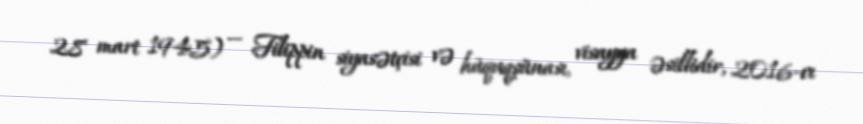
28 mart 1945) — Filippin siyasətçisi və hüquqşünası, visayya əsillidir, 2016-cı